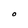
Character: O